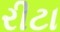
રીટા